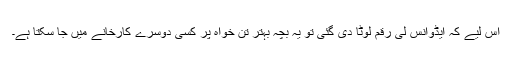
اس لیے کہ ایڈوانس لی رقم لوٹا دی گئی تو یہ بچہ بہتر تن خواہ پر کسی دوسرے کارخانے میں جا سکتا ہے۔